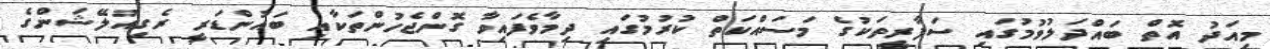
މިއަދު އޮތް ބައްދަލުވުމުގައި ސަފާރީތަކުގެ މަސައްކަތް ކުރުމުގައި ދިމާވެފައިވާ ގޮންޖެހުންތަކާއި ބައުންޑަރީ ރެގިއުލޭޝަންގެ